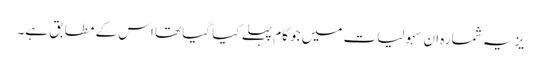
یز یہ شمارہ ان سہولیات میں جو کام پہلے کیا گیا تھا اس کے مطابق ہے۔